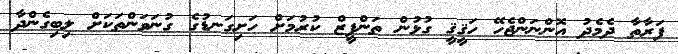
ފަރާތާ ދެމެދު އޮންނަންޖެހޭ ހަޤީޤީ ގުޅުން ތަންފީޒް ކުރުމަށް ހަށިގަނޑުގެ ގުނަވަންތަކަށް ލިބިގެންދާ